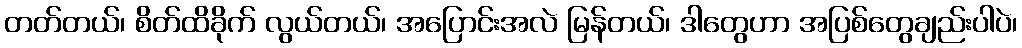
တတ်တယ်၊ စိတ်ထိခိုက် လွယ်တယ်၊ အပြောင်းအလဲ မြန်တယ်၊ ဒါတွေဟာ အပြစ်တွေချည်းပါပဲ၊